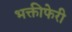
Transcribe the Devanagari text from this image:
भक्तीफेरी